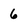
Character: 6